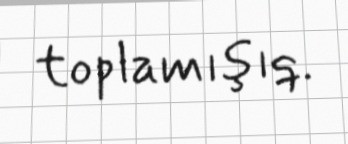
toplamışıq.